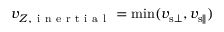
v _ { Z , \mathrm { ~ i ~ n ~ e ~ r ~ t ~ i ~ a ~ l ~ } } = \operatorname* { m i n } ( v _ { { \mathrm { s } } \bot } , v _ { { \mathrm { s } } \parallel } )